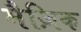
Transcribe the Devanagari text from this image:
मैज़िक